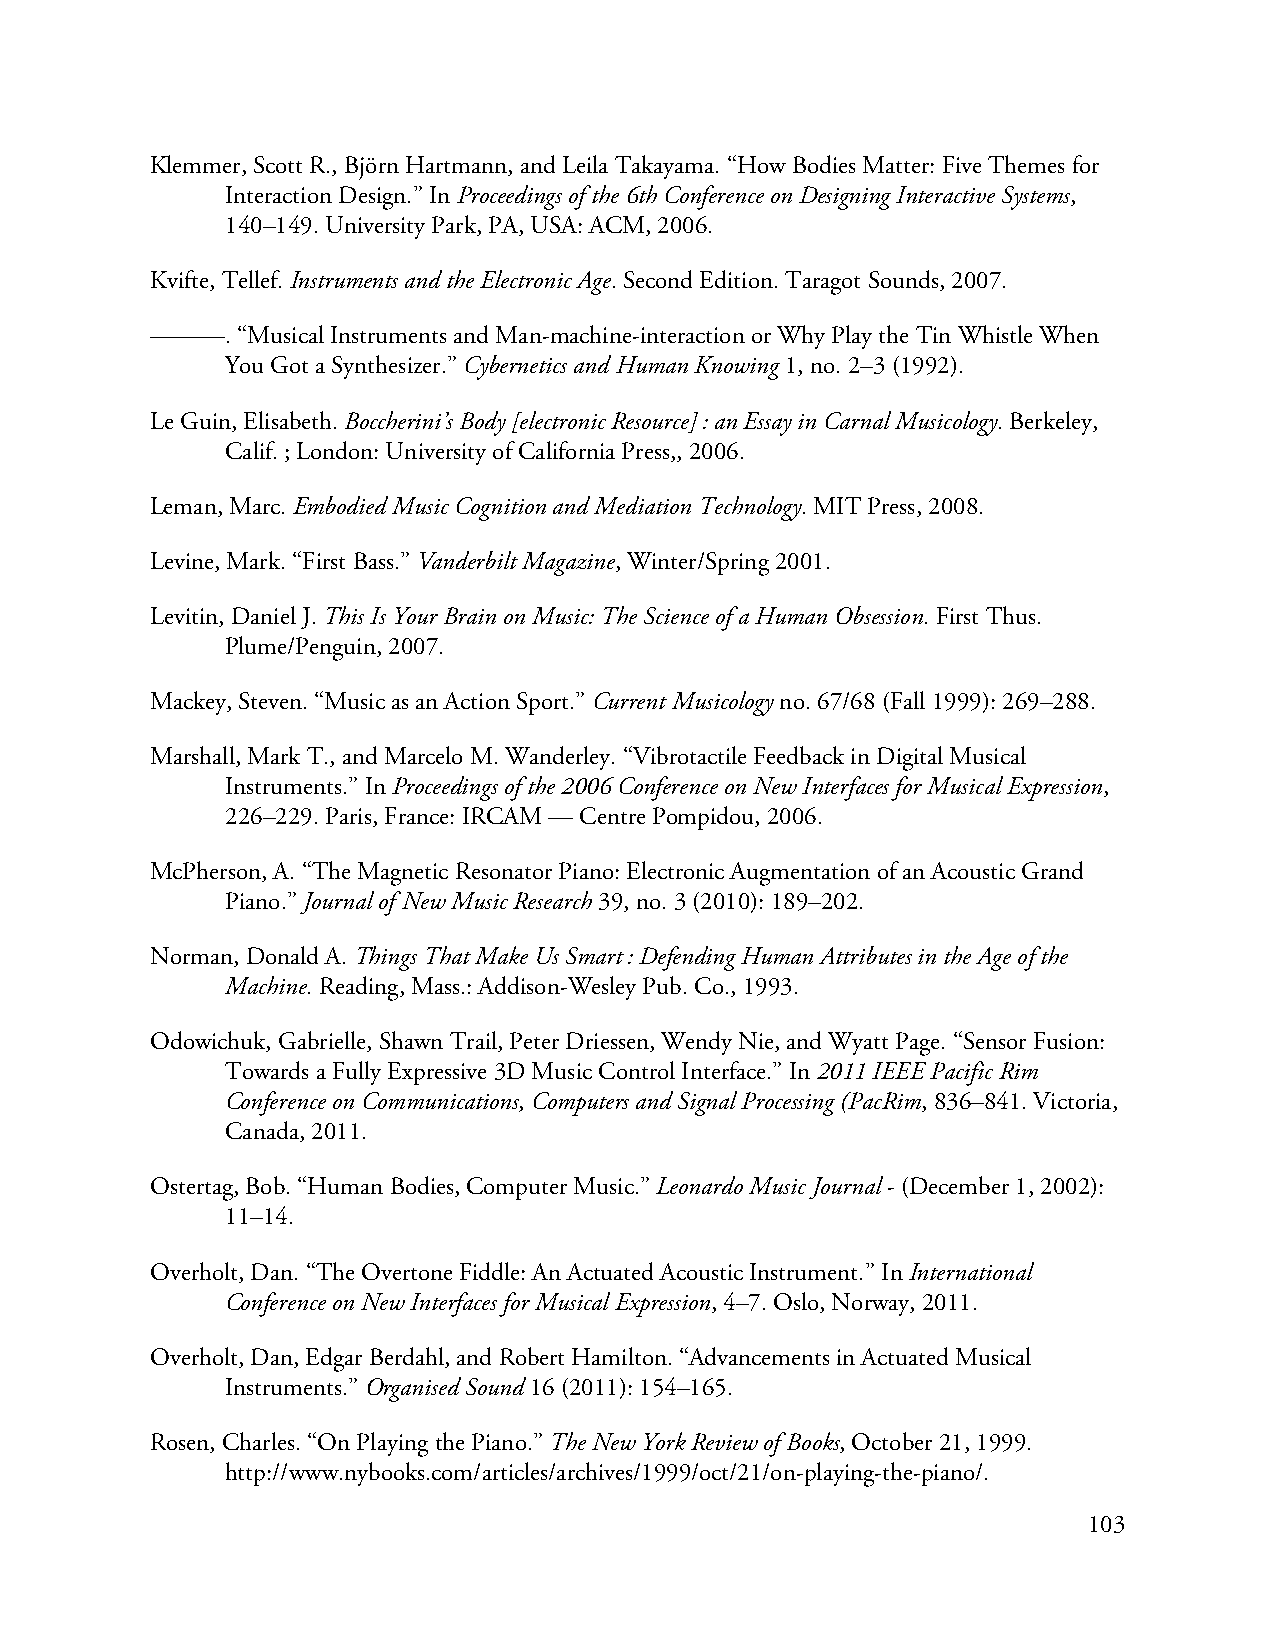
Klemmer, Scott R., Björn Hartmann, and Leila Takayama. “How Bodies Matter: Five Themes for
 Interaction Design.” In Proceedings of the 6th Conference on Designing Interactive Systems,
 140–149. University Park, PA, USA: ACM, 2006.
 Kvifte, Tellef. Instruments and the Electronic Age. Second Edition. Taragot Sounds, 2007.
 ———.  “Musical Instruments and Man-machine-interaction or Why Play the Tin Whistle When
 You Got a Synthesizer.” Cybernetics and Human Knowing 1, no. 2–3 (1992).
 Le Guin, Elisabeth. Boccherini’s Body [electronic Resource] : an Essay in Carnal Musicology. Berkeley,
 Calif. ; London: University of California Press,, 2006.
 Leman, Marc. Embodied Music Cognition and Mediation Technology. MIT Press, 2008.
 Levine, Mark. “First Bass.” Vanderbilt Magazine, Winter/Spring 2001.
 Levitin, Daniel J. This Is Your Brain on Music: The Science of a Human Obsession. First Thus.
 Plume/Penguin, 2007.
 Mackey, Steven. “Music as an Action Sport.” Current Musicology no. 67/68 (Fall 1999): 269–288.
 Marshall, Mark T., and Marcelo M. Wanderley. “Vibrotactile Feedback in Digital Musical
 Instruments.” In Proceedings of the 2006 Conference on New Interfaces for Musical Expression,
 226–229. Paris, France: IRCAM — Centre Pompidou, 2006.
 McPherson, A. “The Magnetic Resonator Piano: Electronic Augmentation of an Acoustic Grand
 Piano.” Journal of New Music Research 39, no. 3 (2010): 189–202.
 Norman, Donald A. Things That Make Us Smart : Defending Human Attributes in the Age of the
 Machine. Reading, Mass.: Addison-Wesley Pub. Co., 1993.
 Odowichuk, Gabrielle, Shawn Trail, Peter Driessen, Wendy Nie, and Wyatt Page. “Sensor Fusion:
 Towards a Fully Expressive 3D Music Control Interface.” In 2011 IEEE Pacific Rim
 Conference on Communications, Computers and Signal Processing (PacRim, 836–841. Victoria,
 Canada, 2011.
 Ostertag, Bob. “Human Bodies, Computer Music.” Leonardo Music Journal - (December 1, 2002):
 11–14.
 Overholt, Dan. “The Overtone Fiddle: An Actuated Acoustic Instrument.” In International
 Conference on New Interfaces for Musical Expression, 4–7. Oslo, Norway, 2011.
 Overholt, Dan, Edgar Berdahl, and Robert Hamilton. “Advancements in Actuated Musical
 Instruments.” Organised Sound 16 (2011): 154–165.
 Rosen, Charles. “On Playing the Piano.” The New York Review of Books, October 21, 1999.
 http://www.nybooks.com/articles/archives/1999/oct/21/on-playing-the-piano/.
 103